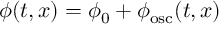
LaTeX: { \phi } ( t , x ) = \phi _ { 0 } + { \phi } _ { \mathrm { { o s c } } } ( t , x )